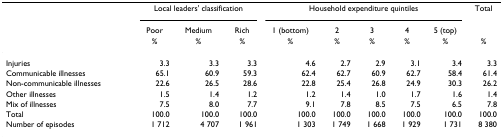
|  | <COLSPAN=3> Local leaders' classification | <COLSPAN=5> Household expenditure quintiles | Total |
 |  | Poor | Medium | Rich | 1 (bottom) | 2 | 3 | 4 | 5 (top) |  |
 |  | % | % | % | % | % | % | % | % | % |
 | --- | --- | --- | --- | --- | --- | --- | --- | --- | --- |
 | Injuries | 3.3 | 3.3 | 3.3 | 4.6 | 2.7 | 2.9 | 3.1 | 3.4 | 3.3 |
 | Communicable illnesses | 65.1 | 60.9 | 59.3 | 62.4 | 62.7 | 60.9 | 62.7 | 58.4 | 61.4 |
 | Non-communicable illnesses | 22.6 | 26.5 | 28.6 | 22.8 | 25.4 | 26.8 | 24.9 | 30.3 | 26.2 |
 | Other illnesses | 1.5 | 1.4 | 1.2 | 1.2 | 1.4 | 1.0 | 1.7 | 1.6 | 1.4 |
 | Mix of illnesses | 7.5 | 8.0 | 7.7 | 9.1 | 7.8 | 8.5 | 7.5 | 6.5 | 7.8 |
 | Total | 100.0 | 100.0 | 100.0 | 100.0 | 100.0 | 100.0 | 100.0 | 100.0 | 100.0 |
 | Number of episodes | 1 712 | 4 707 | 1 961 | 1 303 | 1 749 | 1 668 | 1 929 | 1 731 | 8 380 |